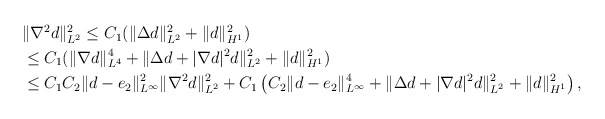
\begin{align*}\begin{aligned}&\|\nabla^2 d\|_{L^2}^2 \le C_1 (\|\Delta d\|_{L^2}^2+\|d\|_{H^1}^2)\\&\le C_1 (\|\nabla d\|_{L^4}^4+\| \Delta d+|\nabla d|^2 d\|_{L^2}^2+\|d\|_{H^1}^2)\\&\le C_1 C_2 \|d-e_2\|_{L^\infty}^2\|\nabla^2 d\|_{L^2}^2 +C_1 \left(C_2\|d-e_2\|_{L^\infty}^4+\|\Delta d+|\nabla d|^2 d\|_{L^2}^2+\|d\|_{H^1}^2\right),\end{aligned}\end{align*}